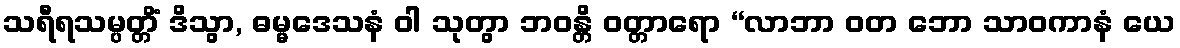
သရီရသမ္ပတ္တိံ ဒိသွာ, ဓမ္မဒေသနံ ဝါ သုတွာ ဘဝန္တိ ဝတ္တာရော “လာဘာ ဝတ ဘော သာဝကာနံ ယေ